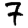
Digit: 7